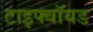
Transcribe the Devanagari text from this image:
टाइफ्वॉयड